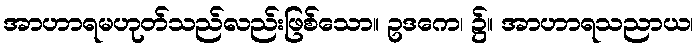
အာဟာရမဟုတ်သည်လည်းဖြစ်သော။ ဥဒကေ၊ ၌။ အာဟာရသညာယ၊